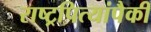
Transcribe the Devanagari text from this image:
राष्ट्रपित्यांपैकी